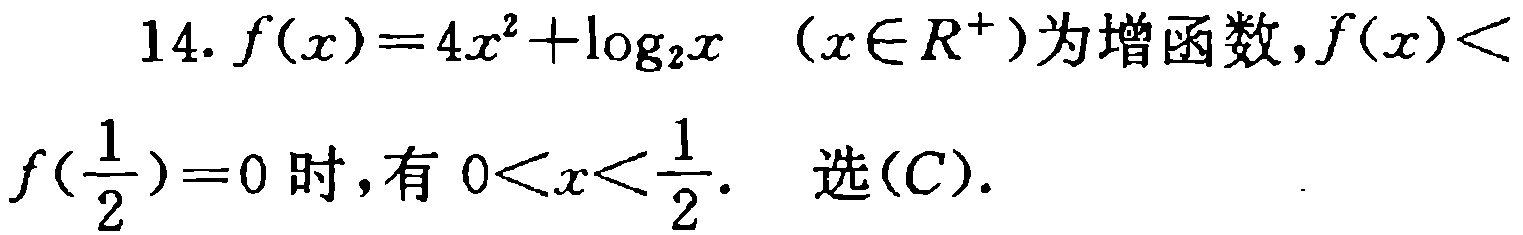
14. \(f(x)=4x^{2}+\log_{2}x\) （\(x\in R^{+}\)）为增函数，\(f(x)<\)

\(f(\frac{1}{2}) = 0\)时，有 \(0<x<\frac{1}{2}\). 选\((C)\).